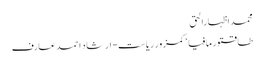
محمد اظہارالحق
طاقتور مافیا‘ کمزور ریاست- ارشاد احمد عارف